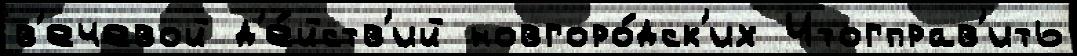
в'ечевой д'е́йств'ий новгоро́дск'их Итогправ'ить